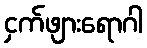
ငှက်ဖျားရောဂါ